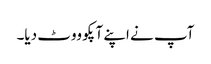
آپ نے اپنے آپکو ووٹ دیا۔